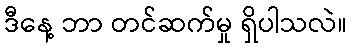
ဒီနေ့ ဘာ တင်ဆက်မှု ရှိပါသလဲ။